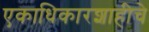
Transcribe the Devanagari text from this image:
एकाधिकारशाहीचे